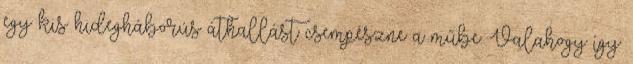
egy kis hidegháborús áthallást csempészne a műbe. Valahogy így: